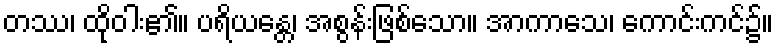
တဿ၊ ထိုဝါး၏။ ပရိယန္တေ၊ အစွန်းဖြစ်သော။ အာကာသေ၊ ကောင်းကင်၌။